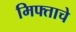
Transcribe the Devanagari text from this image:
मिफ्ताचे